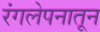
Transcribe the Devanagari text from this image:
रंगलेपनातून